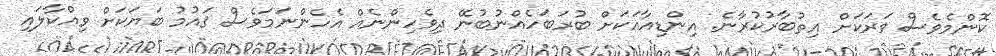
ކޮންމެވެސް ވަރަކަށް އިތުބާރުކުރާނެ. އިންޑިއާއަކަށް ބުރަބަހެއްނުބުނޭ ދިވެހިންނެއް އެހެންނަމަވެސް ޤައުމު ބަޔަކަށް ވިއްކާލައި